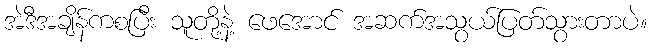
အဲဒီအချိန်ကစပြီး သူတို့နဲ့ ဖေအောင် အဆက်အသွယ်ပြတ်သွားတာပဲ။